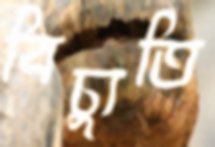
বিচ্যুতি